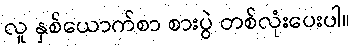
လူ နှစ်ယောက်စာ စားပွဲ တစ်လုံးပေးပါ။